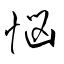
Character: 悩